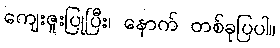
ကျေးဇူးပြုပြီး၊ နောက် တစ်ခုပြပါ။